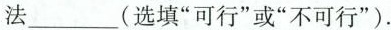
法___(选填”可行”或”不可行”)。